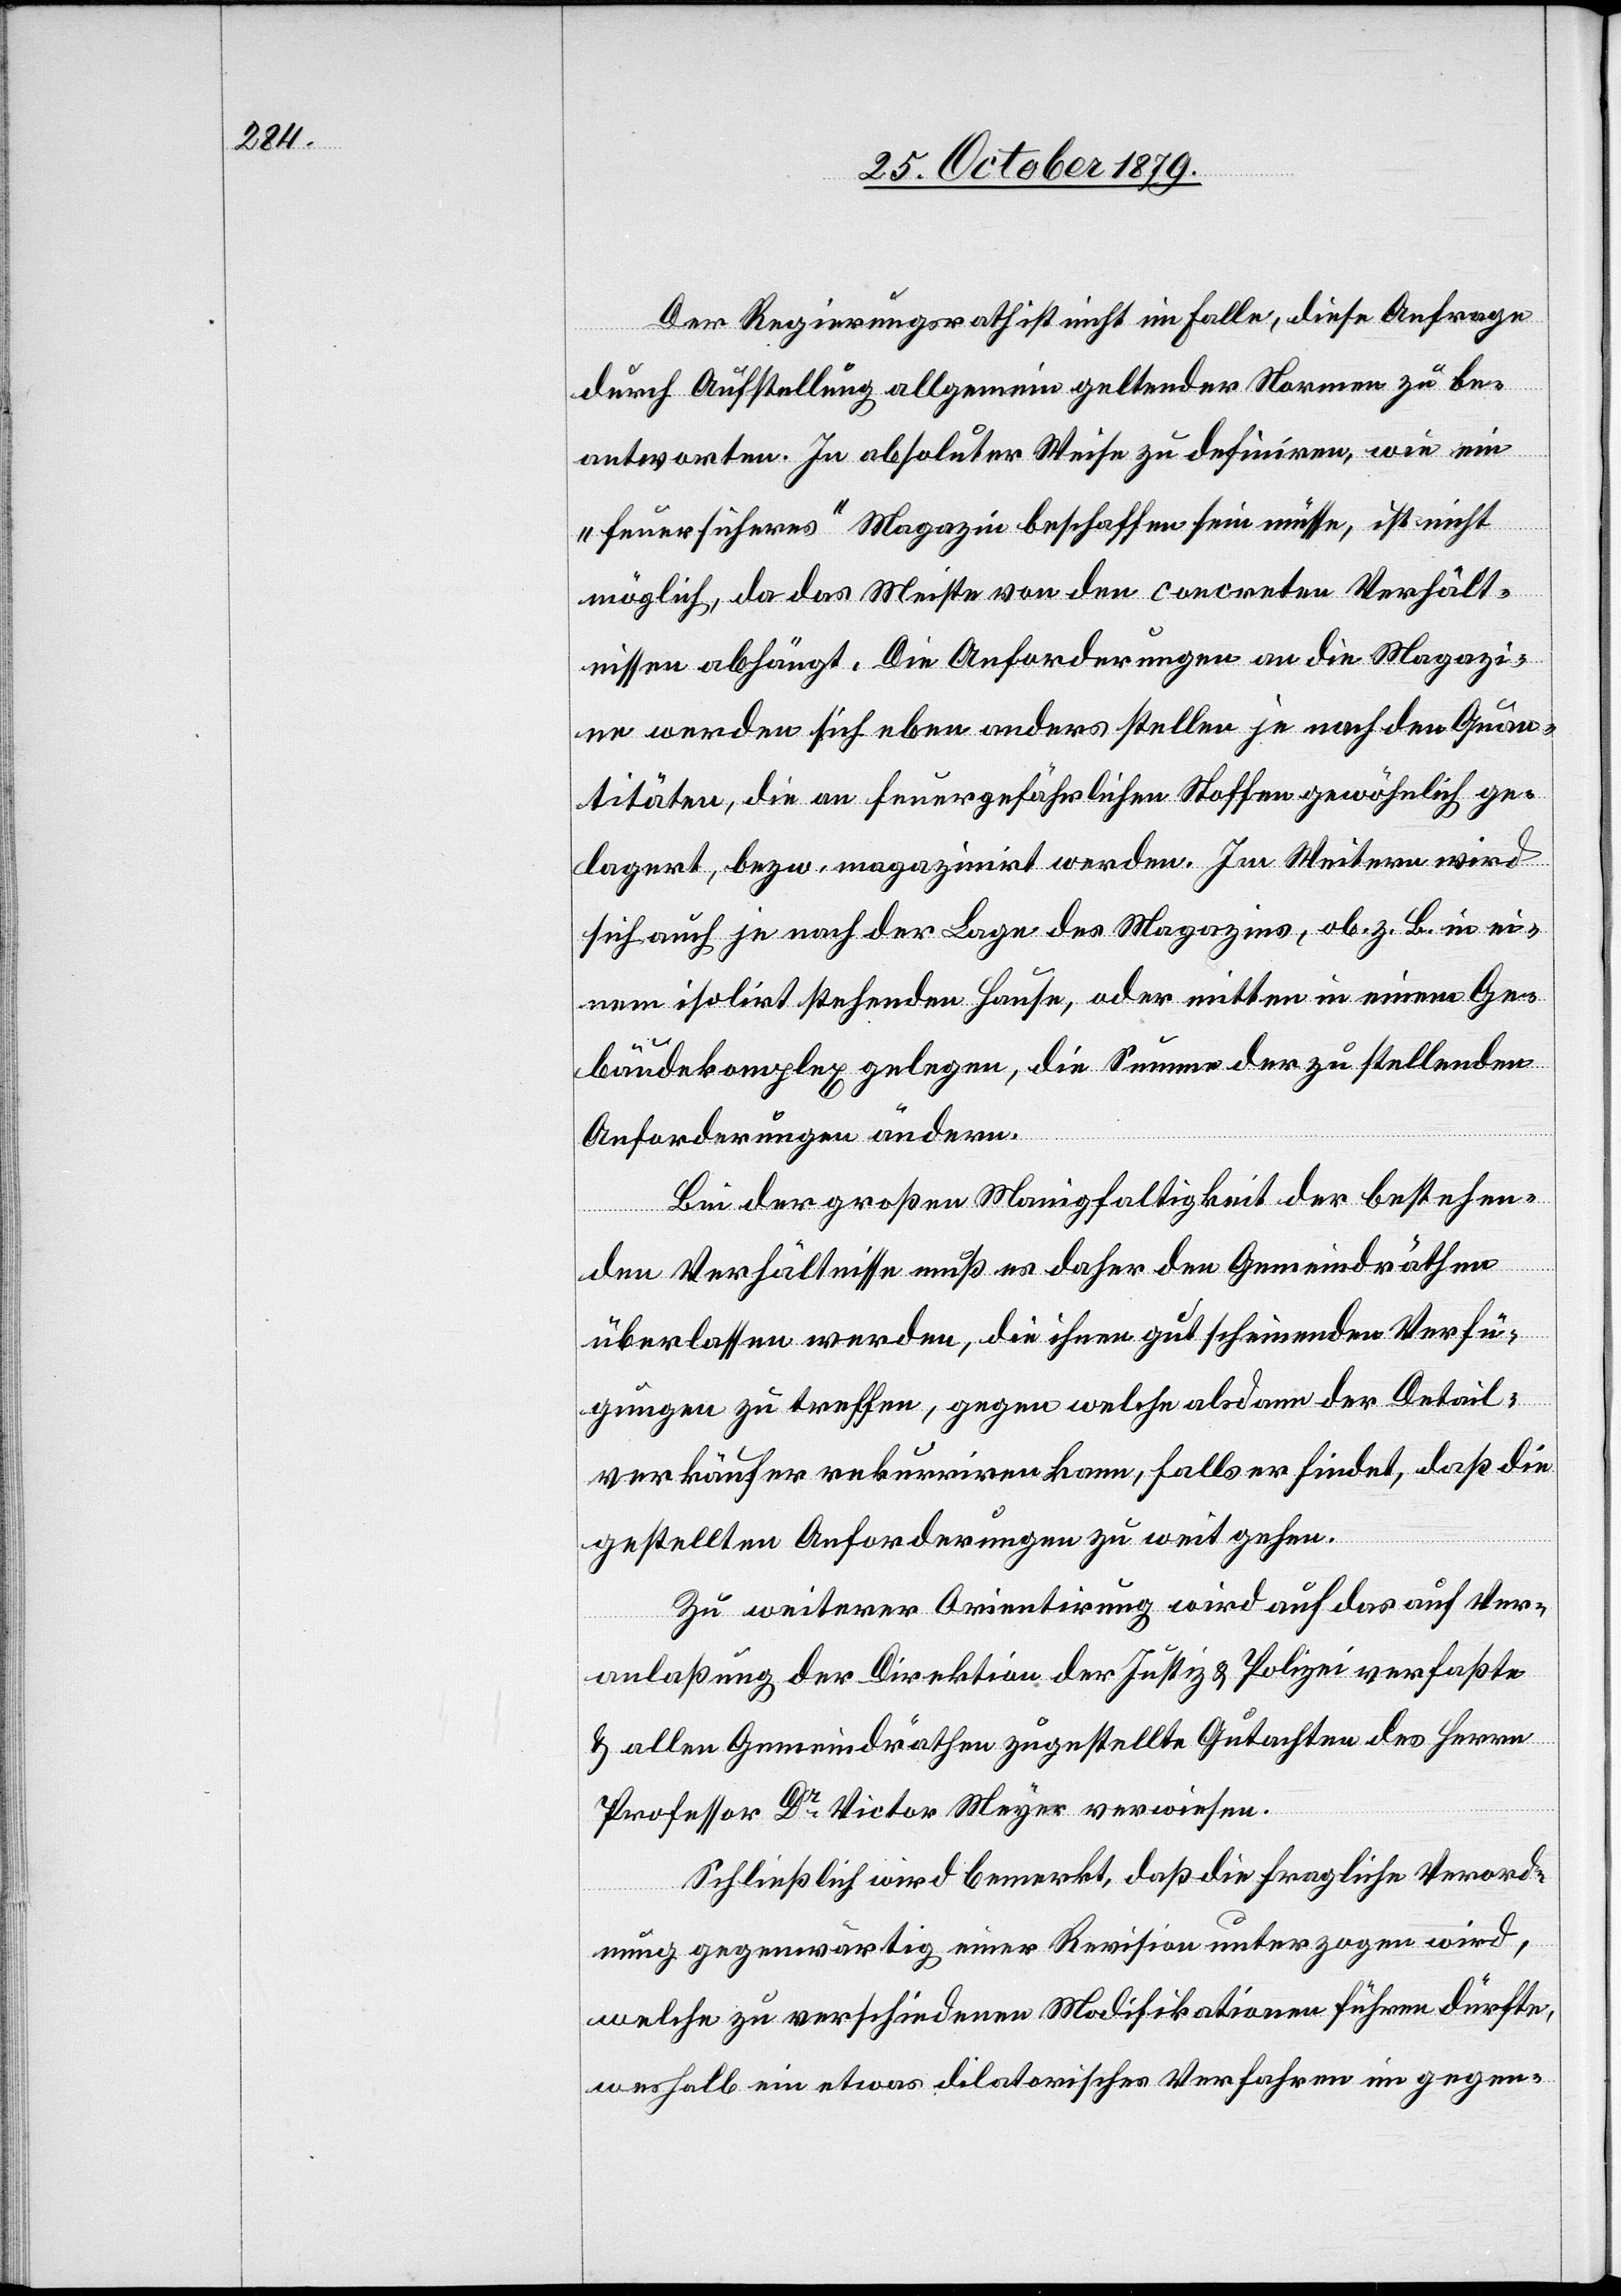
Der Regierungsrath ist nicht im Falle, diese Anfrage
durch Aufstellung allgemein geltender Normen zu be¬
antworten. In absoluter Weise zu definieren, wie ein
„feuersicheres“ Magazin beschaffen sein müsse, ist nicht
möglich, da das Meiste von den concreten Verhält¬
nissen abhängt. Die Anforderungen an die Magazi¬
ne werden sich eben anders stellen je nach den Quan¬
titäten, die an feuergefährlichen Stoffen gewöhnlich ge¬
lagert, bezw. magazinirt werden. Im Weitern wird
sich auch je nach der Lage des Magazins, ob z. B. in ei¬
nem isolirt stehenden Hause, oder mitten in einem Ge¬
bäudekomplex gelegen, die Summe der zu stellenden
Anforderungen ändern.
Bei der großen Manigfaltigkeit der bestehen¬
den Verhältnisse muß es daher den Gemeindräthen
überlassen werden, die ihnen gut scheinenden Verfü¬
gungen zu treffen, gegen welche alsdann der Detail¬
verkäufer rekurriren kann, falls er findet, daß die
gestellten Anforderungen zu weit gehen.
Zu weiterer Orientirung wird auf das auf Ver¬
anlaßung der Direktion der Justiz & Polizei verfaßte
& allen Gemeindräthen zugestellte Gutachten des Herrn
Professor Dr Victor Meyer verwiesen.
Schließlich wird bemerkt, daß die fragliche Verord¬
nung gegenwärtig einer Revision unterzogen wird,
welche zu verschiedenen Modifikationen führen dürfte,
weshalb ein etwas dilatorisches Verfahren im gegen-